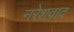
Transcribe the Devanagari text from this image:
नरेशवाद